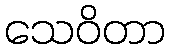
သေဝိတာ